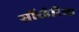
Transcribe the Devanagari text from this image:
सॉरडेरिया